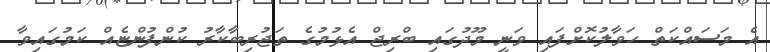
އެ މަސައްކަތް ހަވާލުކޮށްފައި ވަނީ މޫދުގައި ބްރިޖް އެޅުމުގެ ތަޖުރިބާކާރު ކުންފުންޏެއް ކަމުގައިވާ